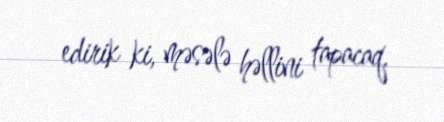
edirik ki, məsələ həllini tapacaq.